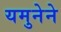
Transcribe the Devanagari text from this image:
यमुनेने